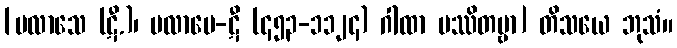
[ပလာသေ (ဋီ.)၊ ပလာပေ-ဋီ (၄၅၃-၁၁၂၄) ဂါထာ ပဿိတဗ္ဗာ] တိသယေ ဘုသံ။